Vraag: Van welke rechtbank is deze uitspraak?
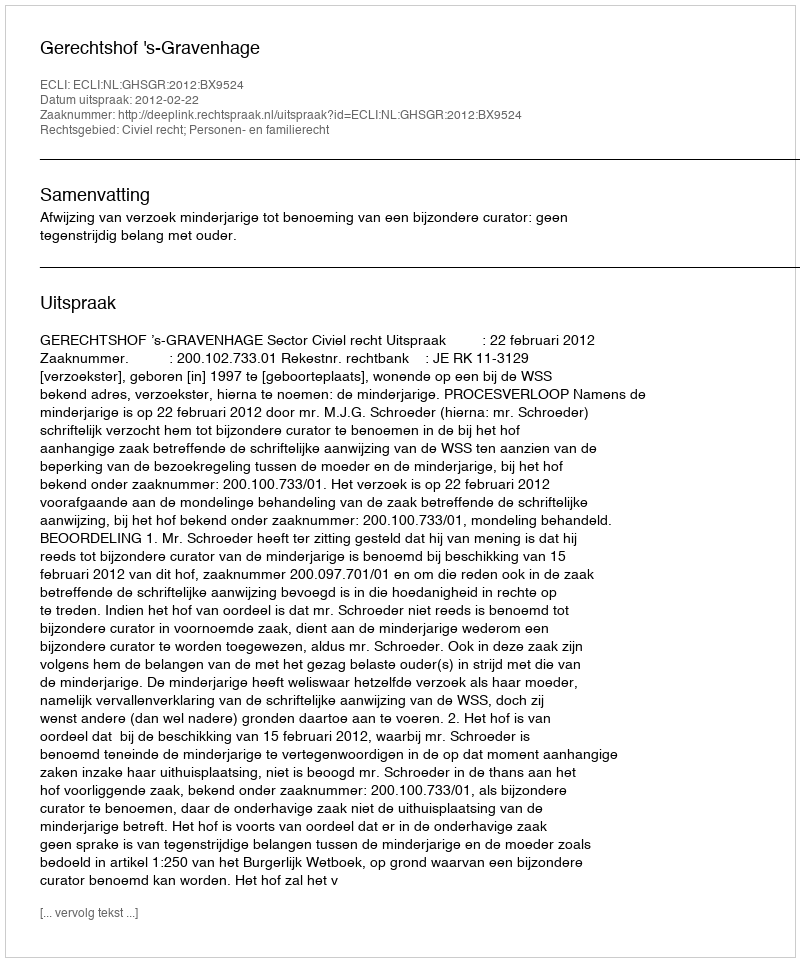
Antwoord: Gerechtshof 's-Gravenhage